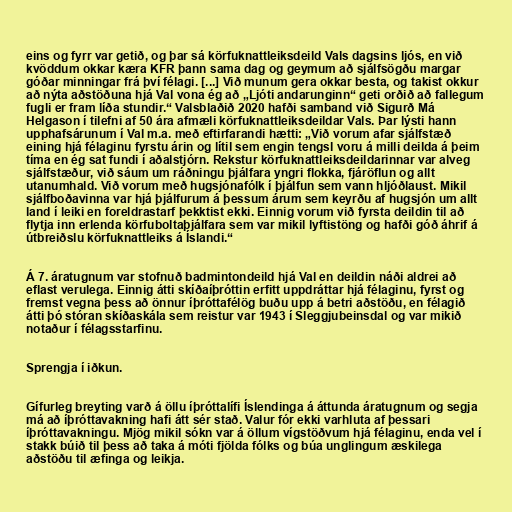
eins og fyrr var getið, og þar sá körfuknattleiksdeild Vals dagsins ljós, en við
kvöddum okkar kæra KFR þann sama dag og geymum að sjálfsögðu margar
góðar minningar frá því félagi. [...] Við munum gera okkar besta, og takist okkur
að nýta aðstöðuna hjá Val vona ég að „Ljóti andarunginn“ geti orðið að fallegum
fugli er fram líða stundir.“ Valsblaðið 2020 hafði samband við Sigurð Má
Helgason í tilefni af 50 ára afmæli körfuknattleiksdeildar Vals. Þar lýsti hann
upphafsárunum í Val m.a. með eftirfarandi hætti: „Við vorum afar sjálfstæð
eining hjá félaginu fyrstu árin og lítil sem engin tengsl voru á milli deilda á þeim
tíma en ég sat fundi í aðalstjórn. Rekstur körfuknattleiksdeildarinnar var alveg
sjálfstæður, við sáum um ráðningu þjálfara yngri flokka, fjáröflun og allt
utanumhald. Við vorum með hugsjónafólk í þjálfun sem vann hljóðlaust. Mikil
sjálfboðavinna var hjá þjálfurum á þessum árum sem keyrðu af hugsjón um allt
land í leiki en foreldrastarf þekktist ekki. Einnig vorum við fyrsta deildin til að
flytja inn erlenda körfuboltaþjálfara sem var mikil lyftistöng og hafði góð áhrif á
útbreiðslu körfuknattleiks á Íslandi.“

Á 7. áratugnum var stofnuð badmintondeild hjá Val en deildin náði aldrei að
eflast verulega. Einnig átti skíðaíþróttin erfitt uppdráttar hjá félaginu, fyrst og
fremst vegna þess að önnur íþróttafélög buðu upp á betri aðstöðu, en félagið
átti þó stóran skíðaskála sem reistur var 1943 í Sleggjubeinsdal og var mikið
notaður í félagsstarfinu.

Sprengja í iðkun.

Gífurleg breyting varð á öllu íþróttalífi Íslendinga á áttunda áratugnum og segja
má að íþróttavakning hafi átt sér stað. Valur fór ekki varhluta af þessari
íþróttavakningu. Mjög mikil sókn var á öllum vígstöðvum hjá félaginu, enda vel í
stakk búið til þess að taka á móti fjölda fólks og búa unglingum æskilega
aðstöðu til æfinga og leikja.